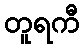
တူရကီ